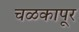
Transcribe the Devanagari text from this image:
चळकापूर